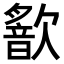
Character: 𣤣